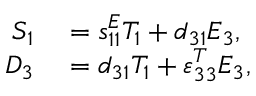
\begin{array} { r l } { S _ { 1 } } & { { } = s _ { 1 1 } ^ { E } T _ { 1 } + d _ { 3 1 } E _ { 3 } , } \\ { D _ { 3 } } & { { } = d _ { 3 1 } T _ { 1 } + \varepsilon _ { 3 3 } ^ { T } E _ { 3 } , } \end{array}